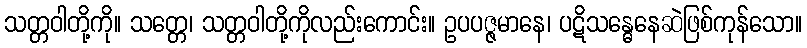
သတ္တဝါတို့ကို။ သတ္တေ၊ သတ္တဝါတို့ကိုလည်းကောင်း။ ဥပပဇ္ဇမာနေ၊ ပဋိသန္ဓေနေဆဲဖြစ်ကုန်သော။